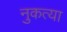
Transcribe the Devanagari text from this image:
नुकत्या